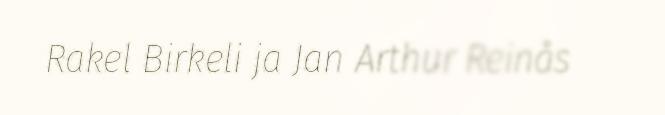
Rakel Birkeli ja Jan Arthur Reinås